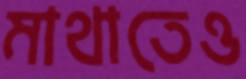
মাথাতেও